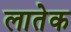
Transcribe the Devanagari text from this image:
लातेक